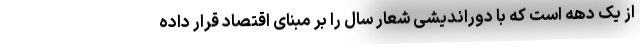
از یک دهه است که با دوراندیشی شعار سال را بر مبنای اقتصاد قرار داده